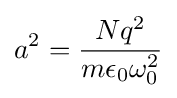
a^{2}={\frac {Nq^{2}}{m\epsilon _{0}\omega _{0}^{2}}}